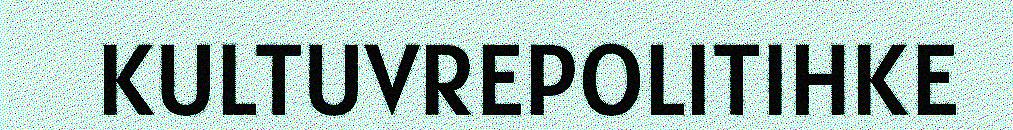
KULTUVREPOLITIHKE